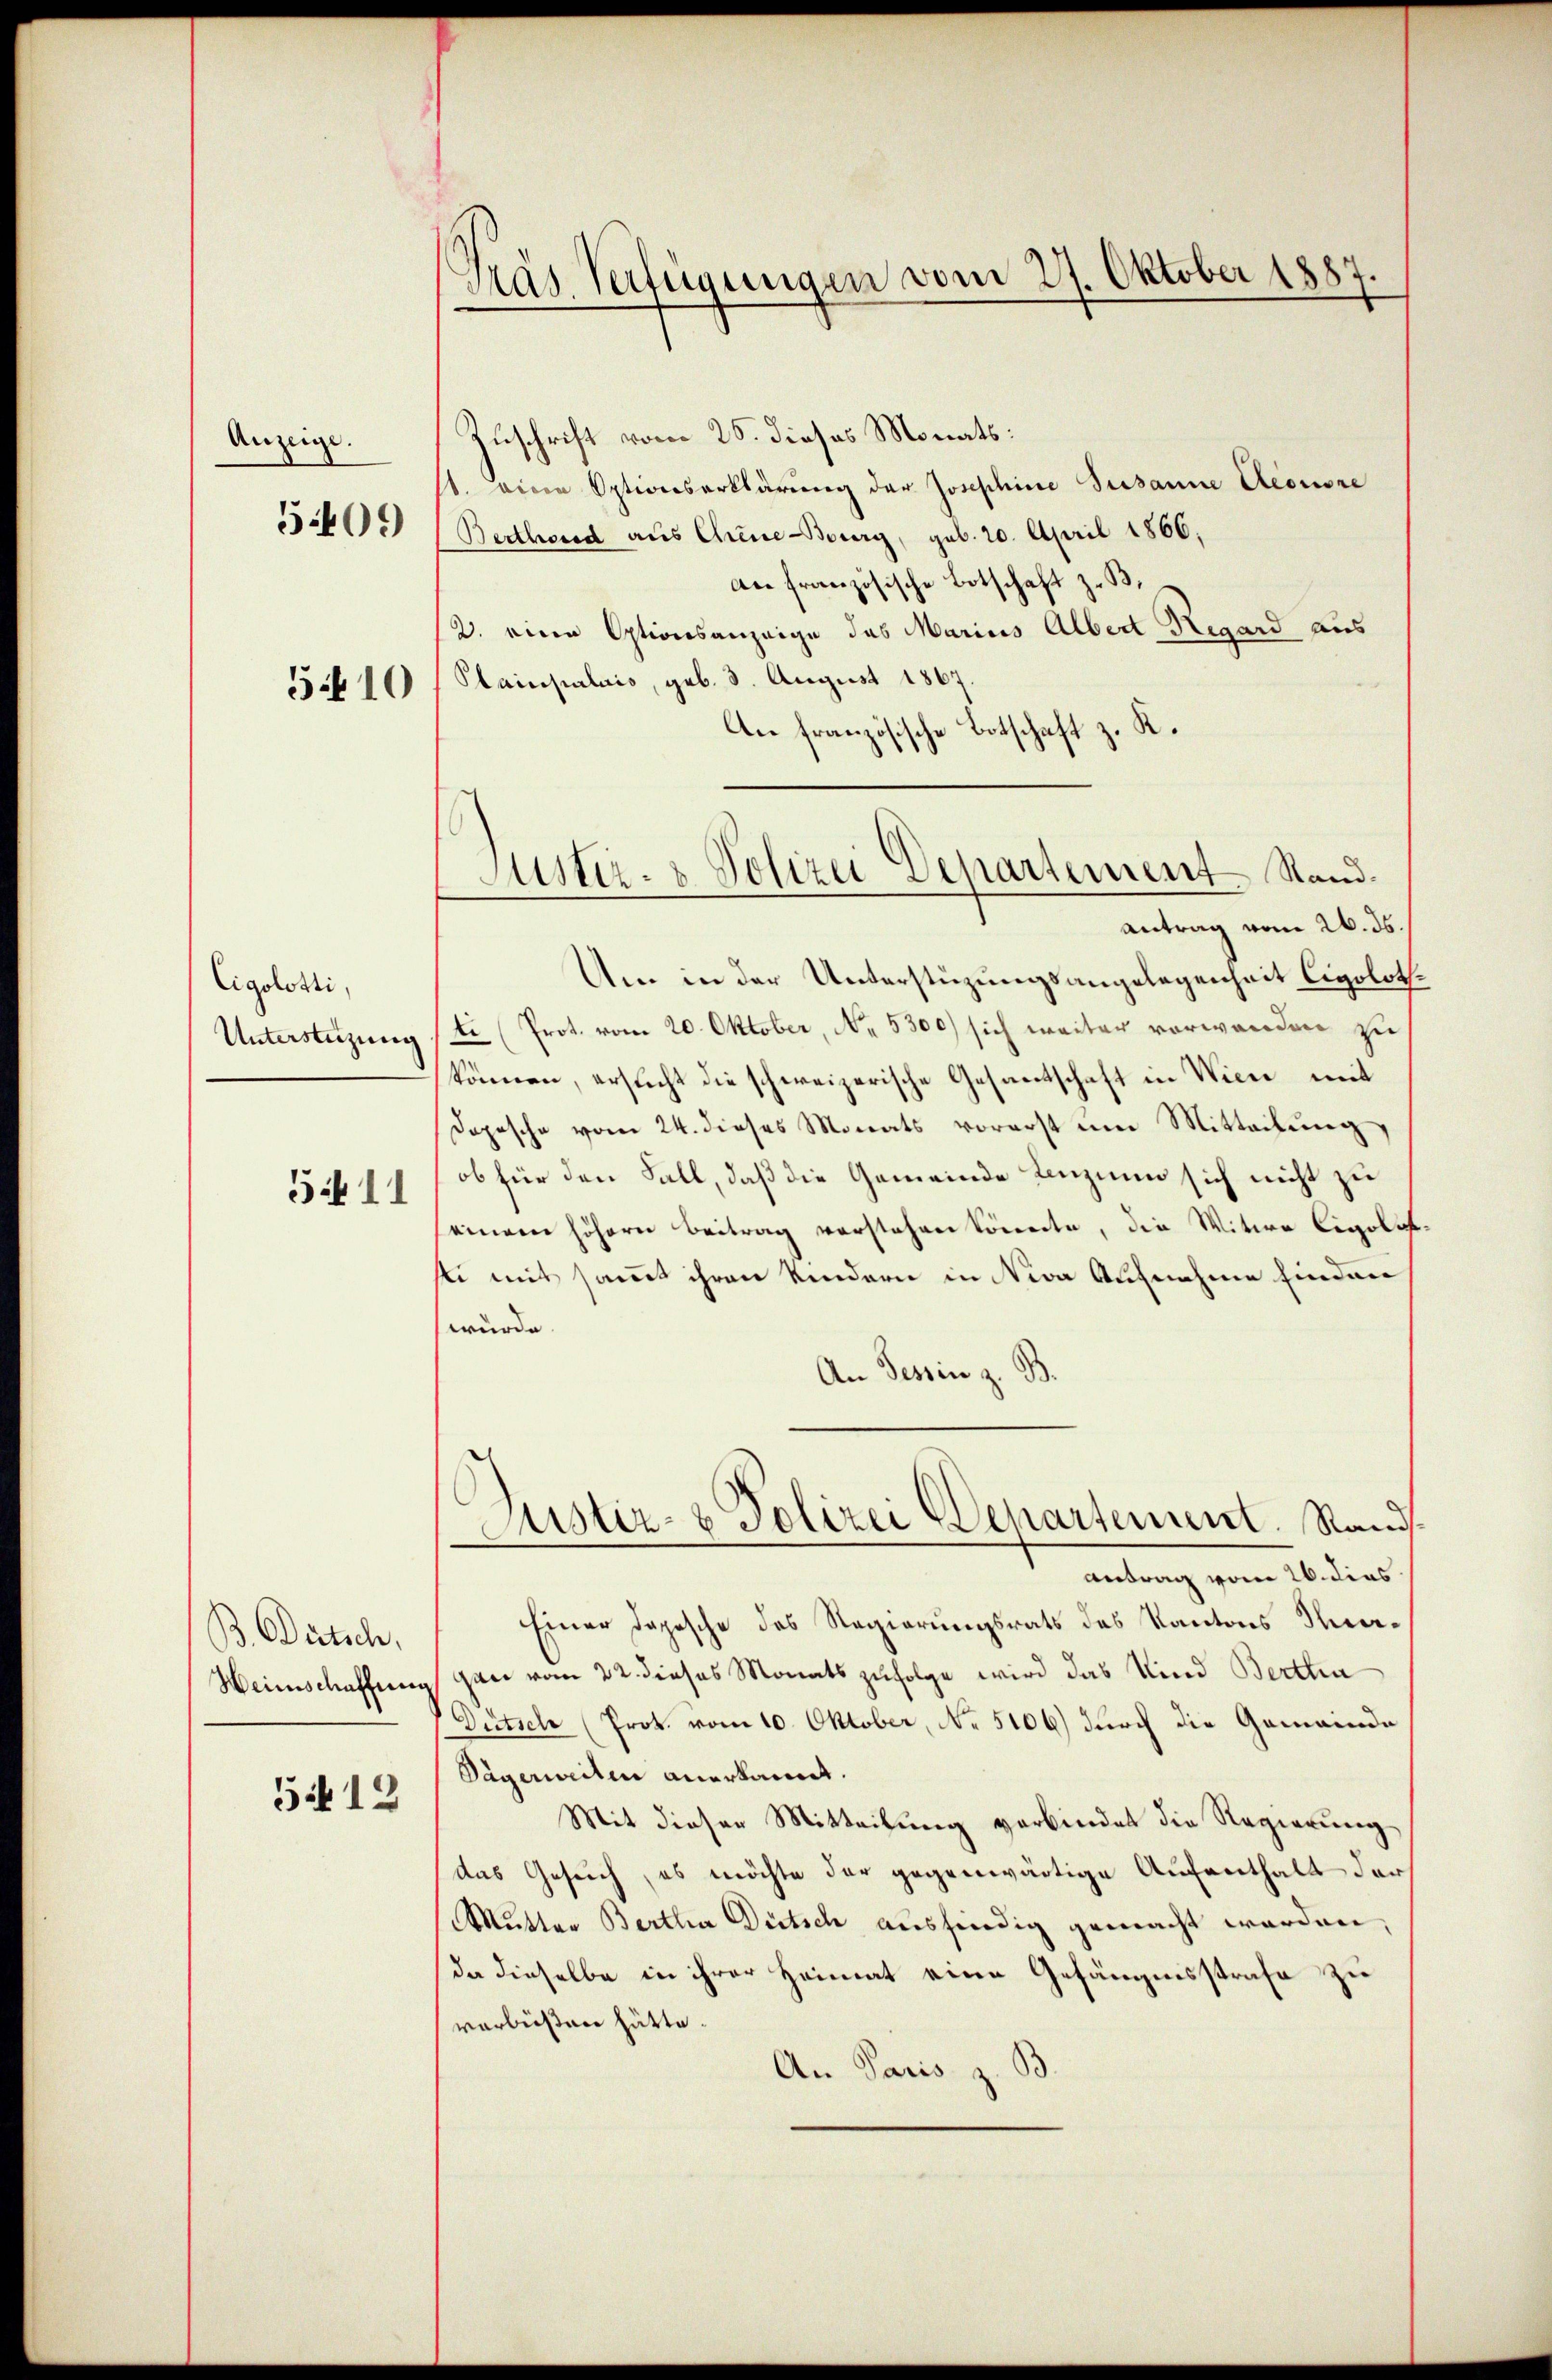
Anzeige.
5409

Eigolosti,
5.11

B. Dürtsch,
Heinschaffung
512

Gras Verfügungen vom 27. Oktober 1887

Zuschrift vom 25. dieses Monats:
s. eine Optionserklärung der Josephine Susanne Aeonsre
Bertheid aus Chine Bourg, geb. 20. April 1866;
an französische Botschaft z. B.
2. eine Optionsanzeige des Marius Albert Hegard aus
510/ Plainpalais, geb. 3. August 1867.
An französische Botschaft z. R.
Um in der Unterstüzungsangelegenheit Cigoloth.
Unterstüzung / t (Prot. vom 20. Oktober, No. 5300) sich weiter vorwanden zu
können, ersucht die schweizerische Gesantschaft in Wien mit
Dopesche vom 24. dieses Monats vorerst um Mitteilung,
ob für den Fall, daß die Gemeinde Lenzium sich nicht zu
einem höhern Beitrag verstehen könnte, die Witwe Cigolehsti mit sammt ihren Kindern in Nina Aufnahme finden
würde.
An Tessin z. B
Justiz- & Polizei Departement. Rand.
Antrag vom 26. dies
Einer Depesche des Regierungsrats des Kantons Magan vom 22. dieses Monats zufolge wird das Kind Bertha
Dützel (Prot. vom 10. Oktober, No 5106) durch die Gemeinde
Dägerweiten anerkannt.
Mit dieser Mitteilung verbindet die Regierung
das Gesuch, es möchte der gegenwärtige Aufenthalt der
Mutter Bertha Dütsch ausfindig gemacht worden,
da dieselbe in ihrer Heimat eine Gefängnisstrafe zu
verbüßen hätte.
An Paris z.

Justiz- & Polizei Departement Stand.
antrag vom 26. ds.